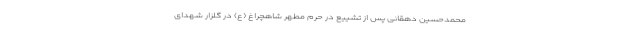
محمدحسین دهقانی پس از تشییع در حرم مطهر شاهچراغ (ع) در گلزار شهدای